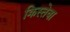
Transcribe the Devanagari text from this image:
क्रिस्तेवा